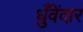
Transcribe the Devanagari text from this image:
धुँवेंदार